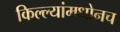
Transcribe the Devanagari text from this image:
किल्ल्यांमधोनच